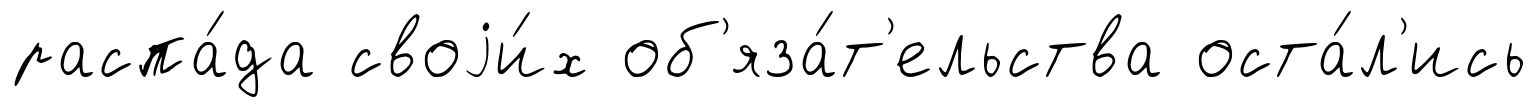
распа́да своjи́х об'яза́т'ельства оста́л'ись